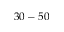
3 0 - 5 0